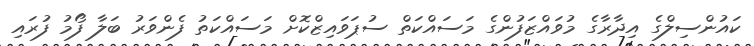
ކައުންސިލްގެ އިދާރާގެ މުވައްޒަފުންގެ މަސައްކަތް ސުޕަވައިޒްކޮށް މަސައްކަތު ފެންވަރު ބަލާ ފޯމު ފުރައި